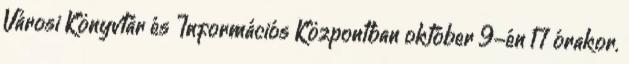
Városi Könyvtár és Információs Központban október 9-én 17 órakor.